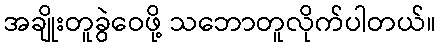
အချိုးတူခွဲဝေဖို့ သဘောတူလိုက်ပါတယ်။